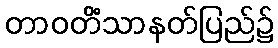
တာဝတိံသာနတ်ပြည်၌